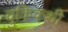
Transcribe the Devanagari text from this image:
वुकिकशी